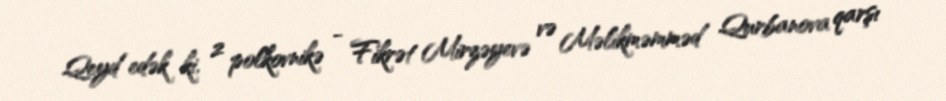
Qeyd edək ki, 2 polkovnikə - Fikrət Mirzəyevə və Məlikməmməd Qurbanova qarşı